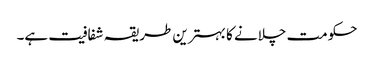
حکومت چلانے کا بہترین طریقہ شفافیت ہے۔